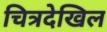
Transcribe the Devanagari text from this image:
चित्रदेखिल